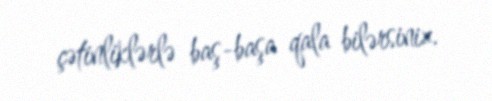
çətinliklərlə baş-başa qala bilərsiniz.